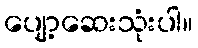
ပျော့ဆေးသုံးပါ။